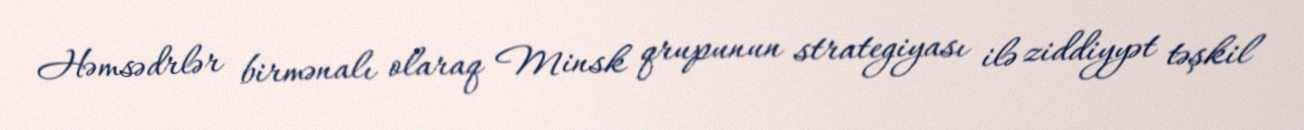
Həmsədrlər birmənalı olaraq Minsk qrupunun strategiyası ilə ziddiyyət təşkil